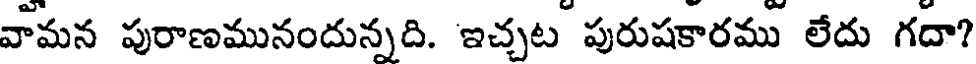
వామన పురాణమునందున్నది. ఇచ్చట పురుషకారము లేదు గదా?